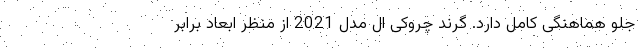
جلو هماهنگی کامل دارد. گرند چروکی ال مدل 2021 از منظر ابعاد برابر